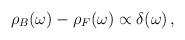
LaTeX: \begin{align*}\rho_B(\omega ) - \rho_F(\omega )\propto \delta (\omega ) \,,\end{align*}